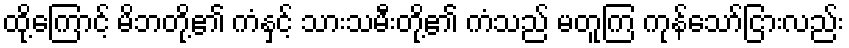
ထို့ကြောင့် မိဘတို့၏ ကံနှင့် သားသမီးတို့၏ ကံသည် မတူကြ ကုန်သော်ငြားလည်း